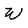
Character: W